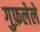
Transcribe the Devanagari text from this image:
गुफ़लेले